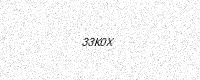
Text: 33K0X